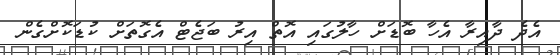
އެދެ ދާއިރާ އެހާ ބޮޑަށް ހާލުގައި އޮތް އިރު ބަޖެޓް އެގޮތަށް ކުޑަކޮށްގެން